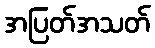
အပြတ်အသတ်